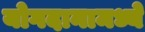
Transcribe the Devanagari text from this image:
योगदानामध्ये